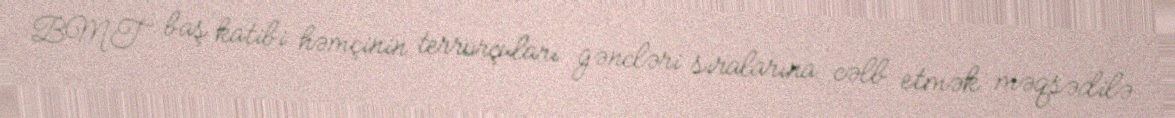
BMT baş katibi həmçinin terrorçuları gəncləri sıralarına cəlb etmək məqsədilə